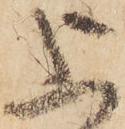
上